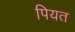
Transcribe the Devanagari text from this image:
पियत